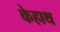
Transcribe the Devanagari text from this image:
केहाथ